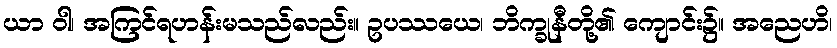
ယာ ဝါ၊ အကြင်ရဟန်းမသည်လည်း။ ဥပဿယေ၊ ဘိက္ခုနီတို့၏ ကျောင်း၌။ အညေဟိ၊